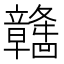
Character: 𫁯